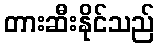
တားဆီးနိုင်သည်